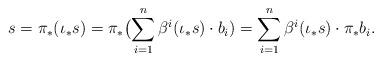
LaTeX: \begin{align*} s = \pi_* ( \iota_* s) = \pi_* \bigl( \sum_{i=1}^n \beta^i ( \iota_* s ) \cdot b_i ) = \sum_{i=1}^n \beta^i ( \iota_* s ) \cdot \pi_* b_i.\end{align*}